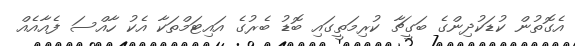
އެގޮތުން ކުޑަކުދިންގެ ބަގީޗާ ކުރިމަތީގައި ބޮޑު ބެރުގެ އައިޓަމްތަކާ އެކު ހާއްސަ ފެއާއެއް